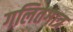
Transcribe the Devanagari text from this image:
गलितगात्र